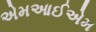
એમઆઈએમ